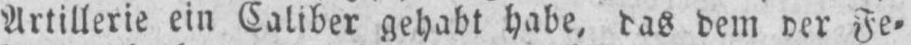
Fe⸗